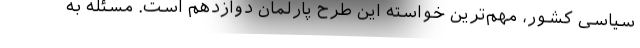
سیاسی کشور، مهم‌ترین خواسته این طرح پارلمان دوازدهم است. مسئله به